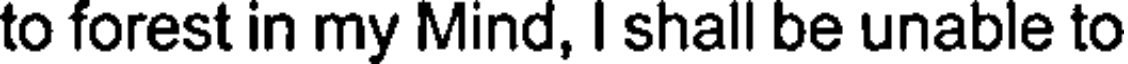
to forest in my Mind, I shall be unable to